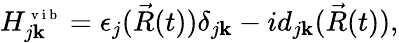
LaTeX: H_{j\mathbf{k}}^{\scriptsize{\mathrm{{~v~i~b~}}}}=\epsilon_{j}(\vec{{R}}(t))\delta_{j\mathbf{k}}-id_{j\mathbf{k}}(\vec{{R}}(t)),